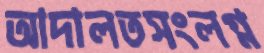
আদালতসংলগ্ন